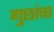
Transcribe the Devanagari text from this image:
गुछांचा